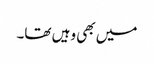
میں بھی وہیں تھا۔